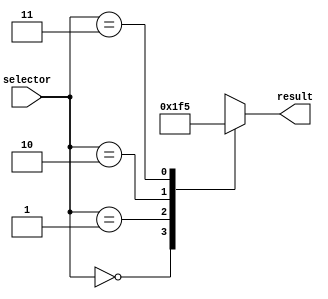
module generate_case (
    input [1:0] selector,
    output reg [3:0] result
);

always @(*)
begin
    case (selector)
        2'b00: result = 4'b0000;
        2'b01: result = 4'b0001;
        2'b10: result = 4'b1111;
        2'b11: result = 4'b0101;
        default: result = 4'bXXXX;
    endcase
end

endmodule